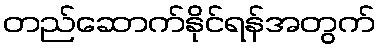
တည်ဆောက်နိုင်ရန်အတွက်